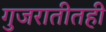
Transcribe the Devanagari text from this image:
गुजरातीतही